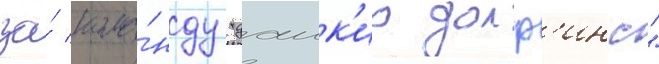
за́ кома́нду "даик'ио долф'инс"